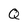
Character: Q